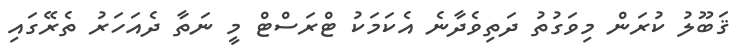
ޤަބޫލު ކުރަން މިވަގުތު ދަތިވެދާނެ އެކަމަކު ޓްރަސްޓް މީ ނަތާ ދެއަހަރު ތެރޭގައި